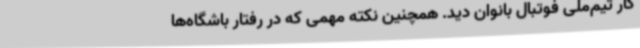
کار تیم‌ملی فوتبال بانوان دید. همچنین نکته مهمی که در رفتار باشگاه‌ها